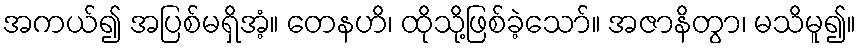
အကယ်၍ အပြစ်မရှိအံ့။ တေနဟိ၊ ထိုသို့ဖြစ်ခဲ့သော်။ အဇာနိတွာ၊ မသိမူ၍။